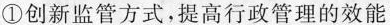
①创新监管方式，提高行政管理的效能